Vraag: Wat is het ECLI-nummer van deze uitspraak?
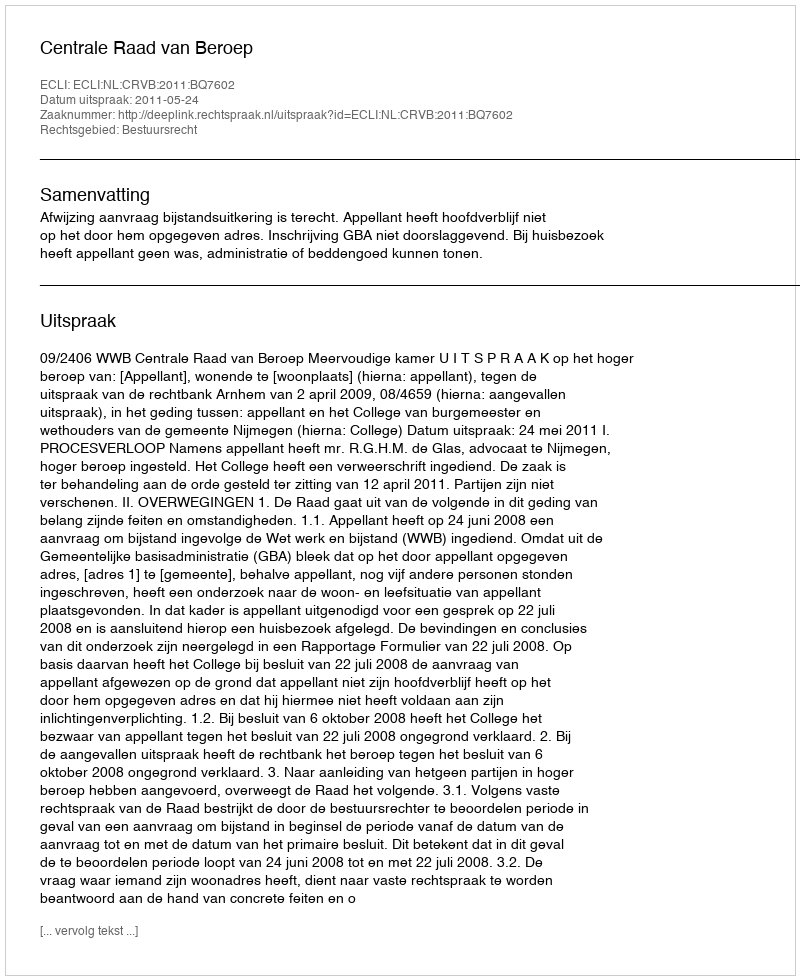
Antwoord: ECLI:NL:CRVB:2011:BQ7602